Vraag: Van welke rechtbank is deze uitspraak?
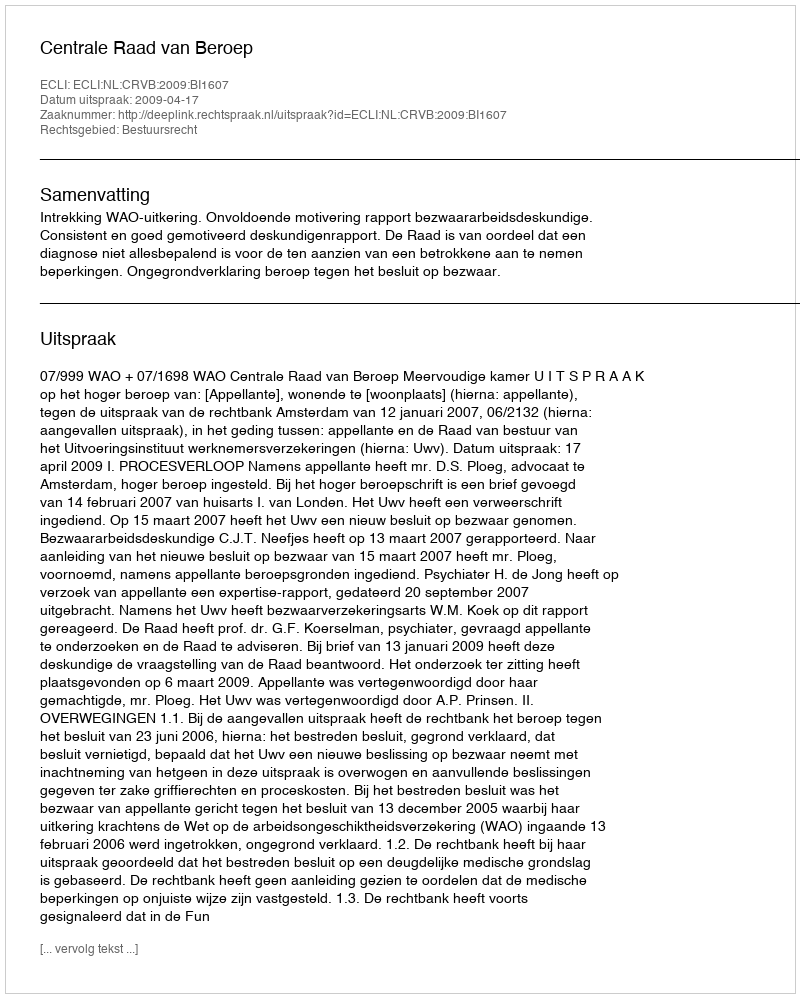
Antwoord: Centrale Raad van Beroep